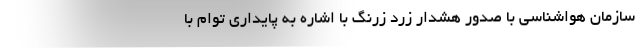
سازمان هواشناسی با صدور هشدار زرد زرنگ با اشاره به پایداری توام با